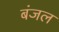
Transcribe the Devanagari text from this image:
बंजल